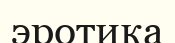
эротика